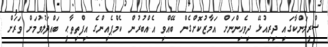
ސްރީލަންކާގައި ދިރިއުޅޭ ދިވެހިންނަށް އަމާޒުކޮށްގެން ބޭއްވި އެއްބުރުން ކެމްޕެއިންގެ އިފްތިތާޙީ ބައްދަލުވުމަށް ވަރަށް